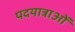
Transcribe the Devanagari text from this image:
पदयात्राओं